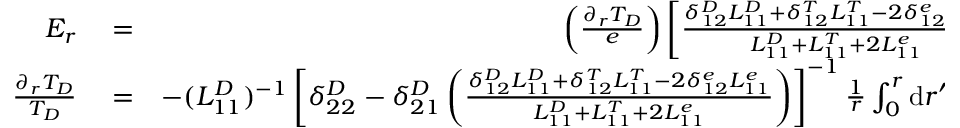
\begin{array} { r l r } { E _ { r } } & { { } = } & { \left( \frac { \partial _ { r } T _ { D } } { e } \right) \left[ \frac { \delta _ { 1 2 } ^ { D } L _ { 1 1 } ^ { D } + \delta _ { 1 2 } ^ { T } L _ { 1 1 } ^ { T } - 2 \delta _ { 1 2 } ^ { e } L _ { 1 1 } ^ { e } } { L _ { 1 1 } ^ { D } + L _ { 1 1 } ^ { T } + 2 L _ { 1 1 } ^ { e } } \right] \, , } \\ { \frac { \partial _ { r } T _ { D } } { T _ { D } } } & { { } = } & { - ( L _ { 1 1 } ^ { D } ) ^ { - 1 } \left[ \delta _ { 2 2 } ^ { D } - \delta _ { 2 1 } ^ { D } \left( \frac { \delta _ { 1 2 } ^ { D } L _ { 1 1 } ^ { D } + \delta _ { 1 2 } ^ { T } L _ { 1 1 } ^ { T } - 2 \delta _ { 1 2 } ^ { e } L _ { 1 1 } ^ { e } } { L _ { 1 1 } ^ { D } + L _ { 1 1 } ^ { T } + 2 L _ { 1 1 } ^ { e } } \right) \right] ^ { - 1 } \frac { 1 } { r } \int _ { 0 } ^ { r } \mathrm { d } r ^ { \prime } r ^ { \prime } P _ { D } \, . } \end{array}